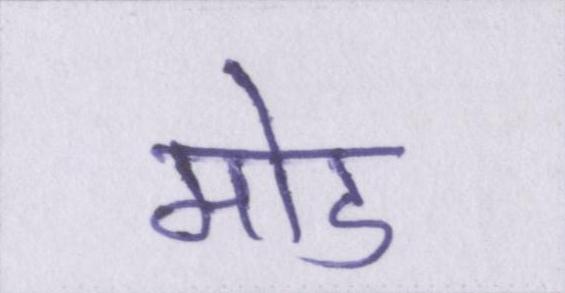
मोड